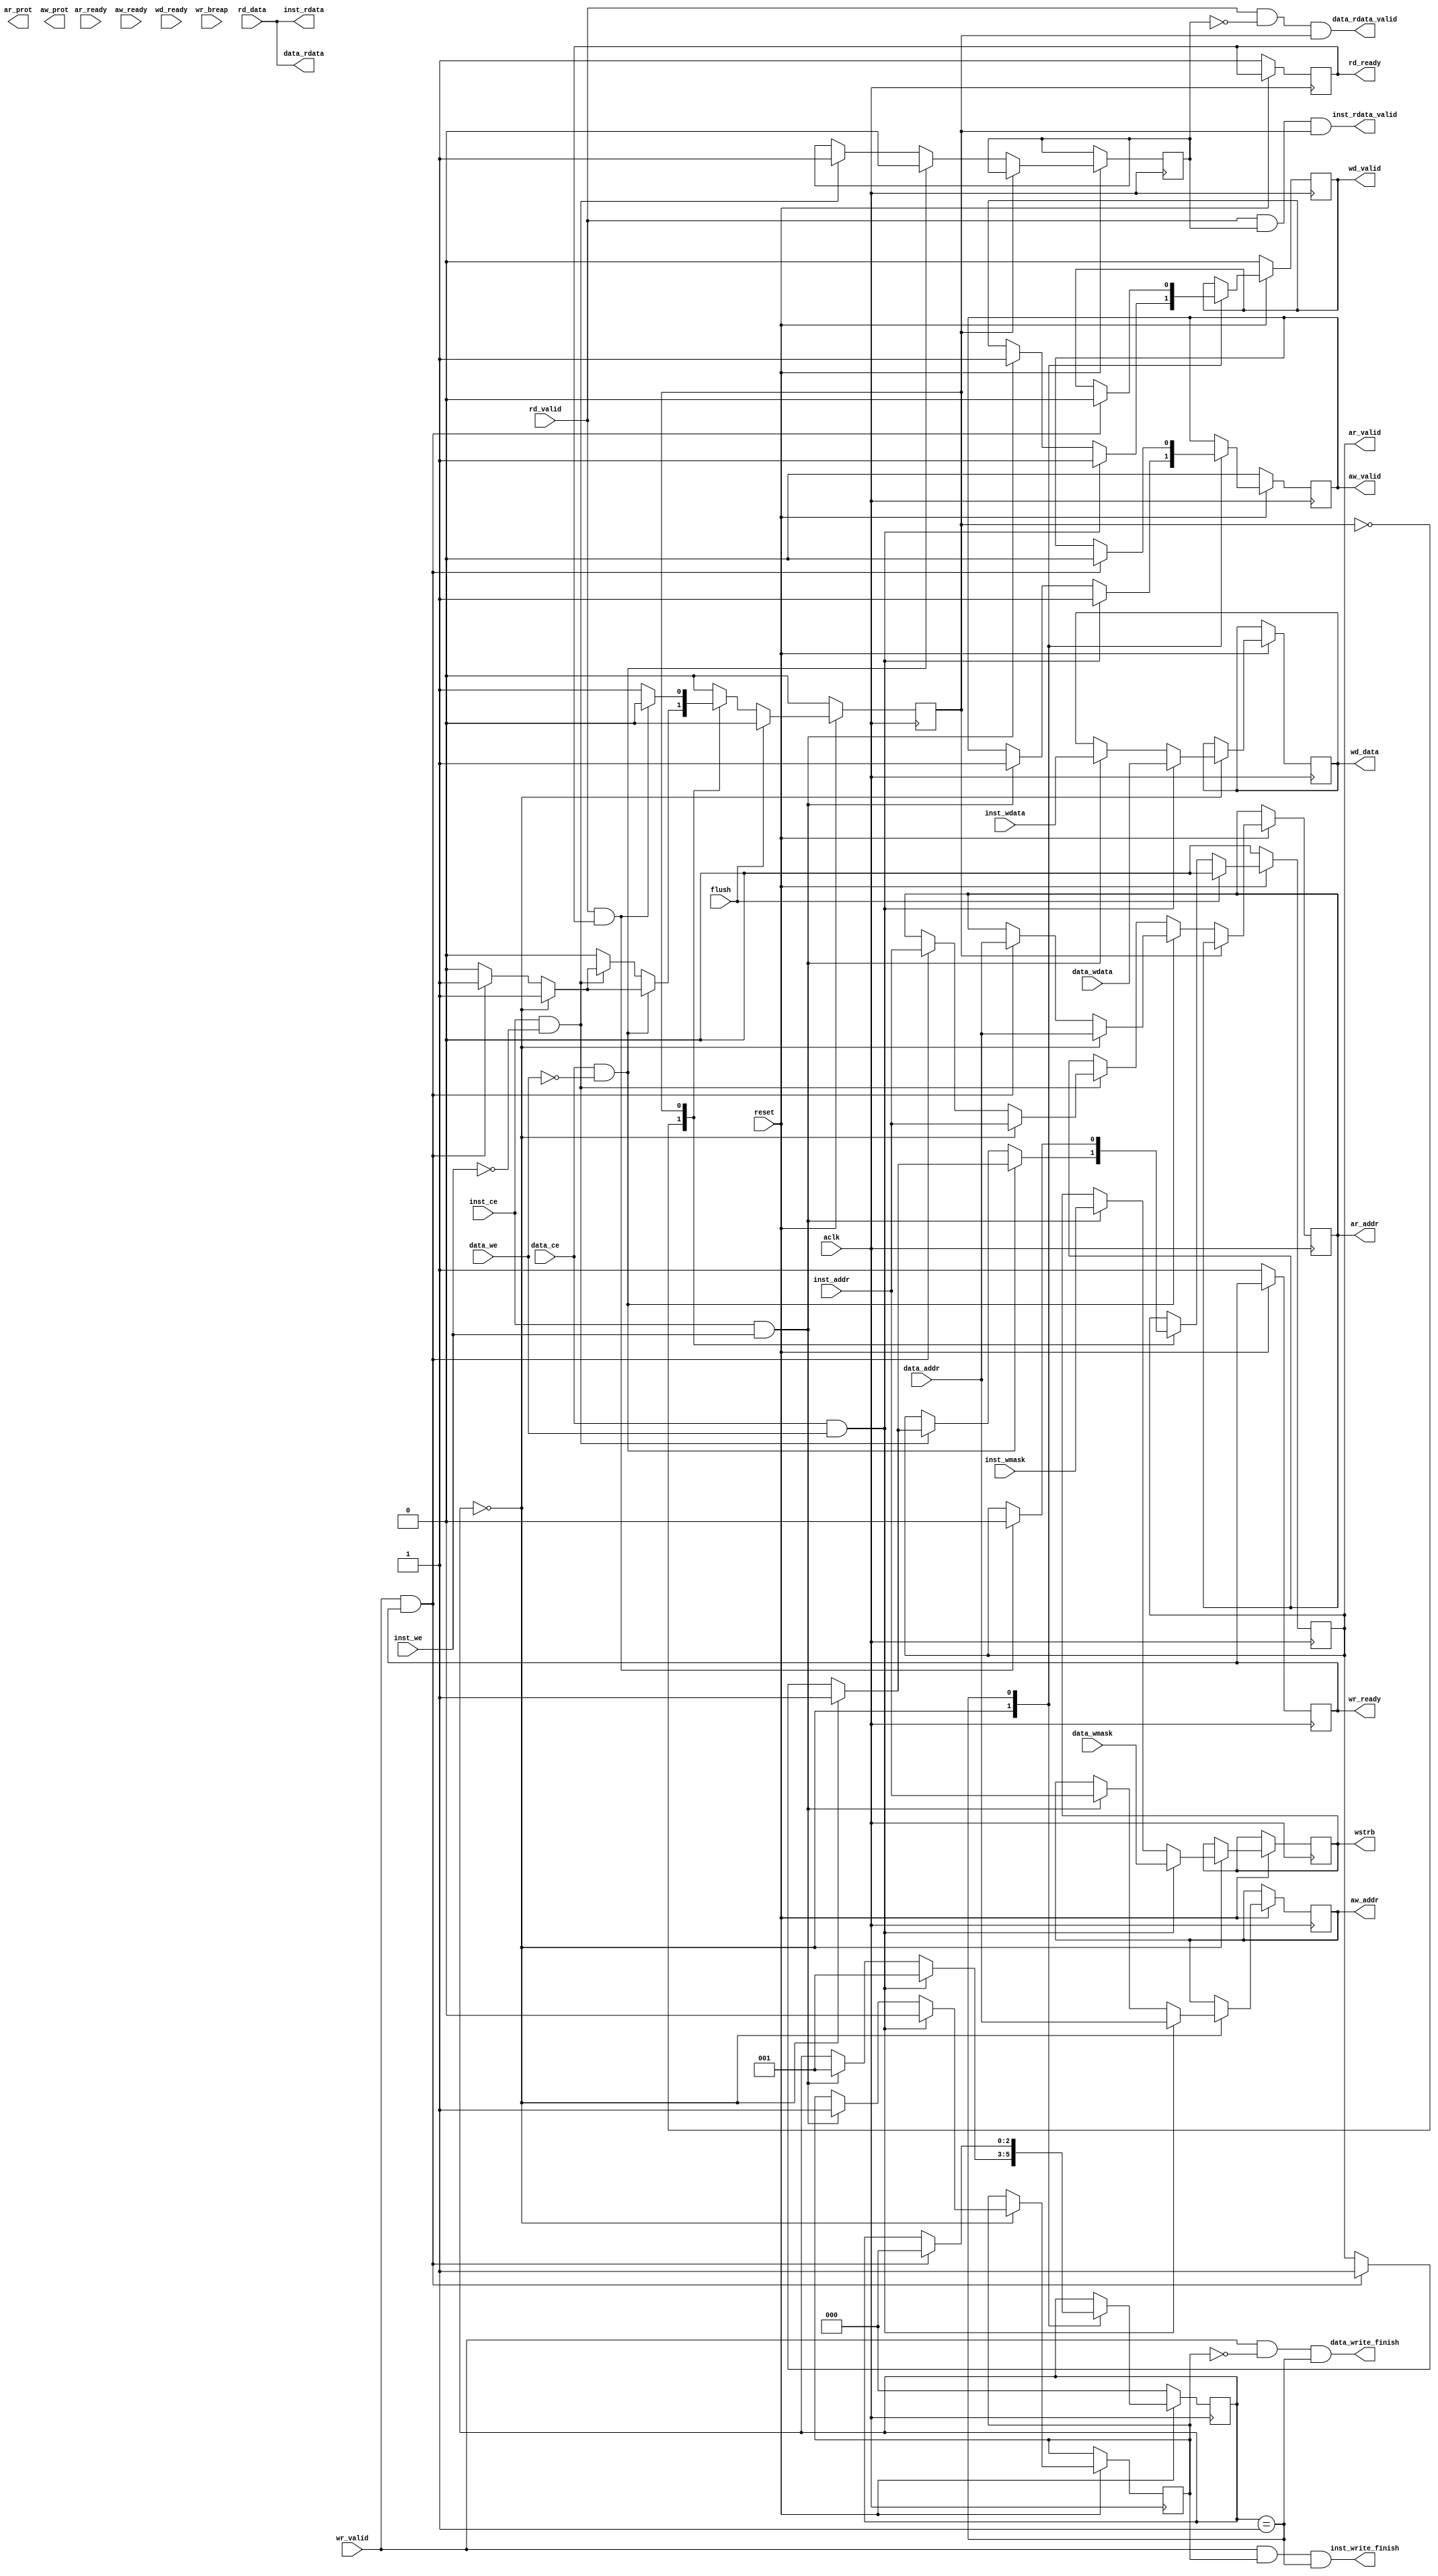
module sram2axi4_lite #(
//     parameter BUS_WIDTH = 32,
//     parameter DATA_WIDTH = 32,
//     parameter CPU_WIDTH = 32
// )
// (
//     input wire aclk,
//     input wire reset,//active low
//     //sram port
//         // read request
//     input wire [BUS_WIDTH-1 : 0]addr,
//         //read data
//     output wire [CPU_WIDTH-1:0]rdata,
//     output wire rdata_valid,
//         //write data
//     input wire [CPU_WIDTH-1:0]wdata,
//     input wire [CPU_WIDTH/8-1:0]wmask,
//     output wire write_finish,
//         //control signal
//     input wire ce,//start a read/write transport 
//     input wire we,// 1'b0 is read  1'b1 is write 

//     //read address channel 
//     output wire ar_valid,
//     input wire ar_ready,
//     output wire [BUS_WIDTH-1:0] ar_addr,//read request address 
//     output wire [2:0]ar_prot, // Access attributes

//     //write address channel
//     output reg aw_valid,
//     input wire aw_ready,
//     output wire [BUS_WIDTH-1:0] aw_addr,
//     output wire [2:0]aw_prot,
//     //read data channel 
//     input wire rd_valid,
//     output wire rd_ready,
//     input wire [DATA_WIDTH-1:0] rd_data,

//     //write data channel 
//     output wire wd_valid,
//     input wire wd_ready,
//     output wire [DATA_WIDTH-1:0] wd_data,
//     output wire [DATA_WIDTH/8 -1 : 0]wstrb,

//     //write respone channel
//     input wire wr_valid,
//     output wire wr_ready,
//     input wire [1:0]wr_breap

// );
// //FSM
// localparam idle = 2'b00;
// localparam read = 2'b01;
// localparam write = 2'b10;

// reg [1:0]state;

// always @(posedge aclk) begin
//     if(!reset) begin 
//         state <= idle;
//     end
//     else begin 
//         case (state)
//             idle: begin 
//                 if(ce && we && aw_ready && wd_ready) begin 
//                     state <= write;
//                 end
//                 else if(ce && !we && ar_ready) begin 
//                     state <= read;
//                 end
//             end
//             read: begin 
//                     if(rd_valid) begin 
//                         state <=idle;
//                     end
//             end
//             write: begin 
//                    if(wr_valid && wr_breap == 2'b00) begin 
//                         state <= idle;
//                    end
//             end
//             default: state <=idle;
//         endcase
//     end
// end
// //logic output

// assign ar_addr = addr;
// assign ar_prot = 3'b000;
// assign ar_valid = ((reset == 1'b1) & ce & !we & (state == idle))? 1'b1:1'b0;

// assign aw_addr = addr;
// assign aw_prot = 3'b000;
// assign aw_valid = ((reset == 1'b1) & ce & we & (state == idle))? 1'b1:1'b0;

// assign rd_ready = (state == read)? 1'b1:1'b0;

// assign wd_valid = ((reset == 1'b1) & ce & we & (state == idle))? 1'b1:1'b0;
// assign wd_data = wdata;
// assign wstrb = wmask;

// assign wr_ready = (state == write)? 1'b1:1'b0;

// assign rdata_valid = rd_valid;
// assign rdata = rd_data;
// assign write_finish = wr_valid & (wr_breap == 2'b00);


// endmodule
module sram2axi4_lite #(
    parameter BUS_WIDTH = 32,
    parameter DATA_WIDTH = 32,
    parameter CPU_WIDTH = 32
)(
    input wire aclk,
    input wire reset,//active low

    input wire flush,
    
    //sram port
        // read request
    input wire [BUS_WIDTH-1 : 0]inst_addr,
        //read data
    output wire [CPU_WIDTH-1:0]inst_rdata,
    output wire inst_rdata_valid,
        //write data
    input wire [CPU_WIDTH-1:0]inst_wdata,
    input wire [CPU_WIDTH/8-1:0]inst_wmask,
    output wire inst_write_finish,
        //control signal
    input wire inst_ce,//start a read/write transport 
    input wire inst_we,// 1'b0 is read  1'b1 is write 

    input wire [BUS_WIDTH-1 : 0]data_addr,
        //read data
    output wire [CPU_WIDTH-1:0]data_rdata,
    output wire data_rdata_valid,
        //write data
    input wire [CPU_WIDTH-1:0]data_wdata,
    input wire [CPU_WIDTH/8-1:0]data_wmask,
    output wire data_write_finish,
        //control signal
    input wire data_ce,//start a read/write transport 
    input wire data_we,// 1'b0 is read  1'b1 is write 

    //read address channel 
    output reg ar_valid,
    input wire ar_ready,
    output reg [BUS_WIDTH-1:0] ar_addr,//read request address 
    output wire [2:0]ar_prot, // Access attributes

    //write address channel
    output wire aw_valid,
    input wire aw_ready,
    output wire [BUS_WIDTH-1:0] aw_addr,
    output wire [2:0]aw_prot,
    //read data channel 
    input wire rd_valid,
    output wire rd_ready,
    input wire [DATA_WIDTH-1:0] rd_data,

    //write data channel 
    output wire wd_valid,
    input wire wd_ready,
    output wire [DATA_WIDTH-1:0] wd_data,
    output wire [DATA_WIDTH/8 -1 : 0]wstrb,

    //write respone channel
    input wire wr_valid,
    output wire wr_ready,
    input wire [1:0]wr_breap
);
// for axi transfer data and contrl signal
localparam read_request_empty = 1'b0;
localparam read_request_ready = 1'b1;
localparam read_respond_empty = 1'b0;
localparam read_respond_transfer = 1'b1;
localparam write_respond_empty = 1'b0;
localparam write_respond_transfer = 1'b1;
localparam write_request_empty = 3'b000;
localparam write_request_ready = 3'b001;
// localparam write_addr_ready = 3'b001;
// localparam write_data_ready = 3'b010;
// localparam write_all_ready = 3'b011;
// localparam write_data_transform = 3'b100;
// localparam write_data_wait = 3'b101;
// localparam write_wait_b = 3'b110;

reg read_request_state;
reg [2:0]write_request_state;
reg read_respone_state;
reg write_respone_state;

reg rid;
reg bid;

wire wait_write;
// read FSM
always @(posedge aclk) begin
    if(~reset) begin 
        read_request_state <= read_request_empty;
        ar_valid <= 1'b0;
    end
    else begin 
        case(read_request_state)
            read_request_empty: begin 
                if(data_ce && !data_we) begin 
                    rid <= 1'b0;
                    if(wait_write) begin // if already start a write transcation,need wait 
                        if(wr_valid && wr_ready) begin 
                            read_request_state <= read_request_ready;

                            ar_addr <= data_addr;
                            ar_valid <= 1'b1;
                        end
                    end
                    else begin 
                        read_request_state <= read_request_ready;
                        ar_valid <= 1'b1;
                        ar_addr <= data_addr;
                    end
                end 
                else if(inst_ce && !inst_we) begin 
                    rid <= 1'b1;
                    if(wait_write) begin // if already start a write transcation,need wait 
                        if(wr_valid && wr_ready) begin 
                            read_request_state <= read_request_ready;

                            ar_addr <= inst_addr;
                            ar_valid <= 1'b1;
                        end
                    end
                    else begin 
                        read_request_state <= read_request_ready;
                        ar_valid <= 1'b1;
                        ar_addr <= inst_addr;
                    end
                end
            end
            read_request_ready: begin 
                if(rd_valid && rd_ready) begin 
                    ar_valid <= 1'b0;
                    read_request_state <= read_request_empty;
                end
            end

        endcase
        if(flush) begin read_request_state <= read_request_empty;ar_valid <= 1'b0;end
    end
end
//write respone FSM
always @(posedge aclk) begin 
    if(~reset) begin 
        write_respone_state <= write_respond_empty;
        wr_ready <= 1'b1;
    end
    else begin 

    end
end
//read respone FSM
always @(posedge aclk) begin 
    if(~reset) begin 
        read_respone_state <= read_respond_empty;
        rd_ready <= 1'b1;
    end
    else begin 
        case(read_respone_state)
            read_respond_empty: begin 
                
            end
            read_respond_transfer: begin 

            end
        endcase
    end
end


// write FSM
always @(posedge aclk) begin
    if(~reset) begin 
        write_request_state <= write_request_empty;
        aw_valid <= 1'b0;
        wd_valid <= 1'b0;
    end
    else begin 
        case(write_request_state)
            write_request_empty: begin 
                 if(data_ce && data_we) begin 
                    aw_valid <= 1'b1;
                    wd_valid <= 1'b1;
                    aw_addr <= data_addr;
                    wd_data <= data_wdata;
                    wstrb <= data_wmask;
                    write_request_state <= write_request_ready;

                    bid <= 1'b0;

                 end
                 else if(inst_ce && inst_we) begin 
                    aw_valid <= 1'b1;
                    wd_valid <= 1'b1;
                    aw_addr <= inst_addr;
                    wd_data <= inst_wdata;
                    wstrb <= inst_wmask;
                    write_request_state <= write_request_ready;

                    bid <= 1'b1;
                 end
            end
            write_request_ready: begin 
                if(wr_valid && wr_ready) begin 
                    write_request_state <= write_request_empty;
                    aw_valid <= 1'b0;
                    wd_valid <= 1'b0;
                end
                
            end
            // write_addr_ready: begin 

            // end
            // write_data_ready: begin 

            // end
            // write_all_ready: begin 

            // end
        endcase
    end
end

assign wait_write = ~(write_request_state == write_request_empty);

assign data_rdata = rd_data;
assign inst_rdata = rd_data;

assign data_rdata_valid = rd_valid & !rid & (read_request_state == read_request_ready);
assign inst_rdata_valid = rd_valid &  rid & (read_request_state == read_request_ready);

assign data_write_finish = wr_valid & !bid & (write_request_state == write_request_ready);
assign inst_write_finish = wr_valid &  bid & (write_request_state == write_request_ready);

endmodule